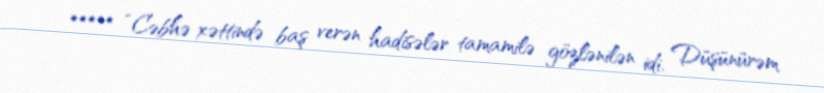
***** “Cəbhə xəttində baş verən hadisələr tamamilə gözlənilən idi. Düşünürəm